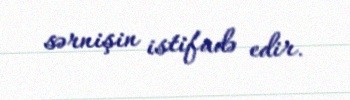
sərnişin istifadə edir.